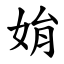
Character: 姢